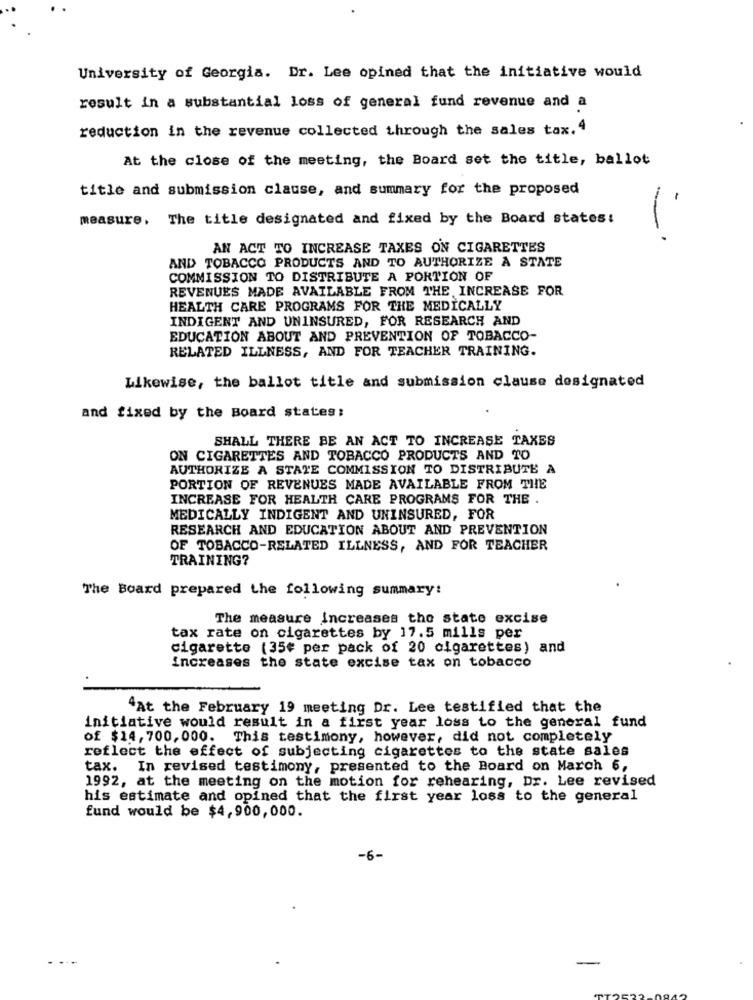
University of Georgia. Dr. Lee opined that the initiative would
result in a substantial loss of general fund revenue and a
reduction in the revenue collected through the sales tax. 4
At the close of the meeting, the Board set the title, ballot
title and submission clause, and summary for the proposed
measure. The title designated and fixed by the Board states:
-
AN ACT TO INCREASE TAXES ON CIGARETTES
AND TOBACCO PRODUCTS AND TO AUTHORIZE A STATE
COMMISSION TO DISTRIBUTE A PORTION OF
REVENUES MADE AVAILABLE FROM THE INCREASE FOR
HEALTH CARE PROGRAMS FOR THE MEDICALLY
INDIGENT AND UNINSURED, FOR RESEARCH AND
EDUCATION ABOUT AND PREVENTION OF TOBACCO-
RELATED ILLNESS, AND FOR TEACHER TRAINING.
Likewise, the ballot title and submission clause designated
and fixed by the Board states:
SHALL THERE BE AN ACT TO INCREASE TAXES
ON CIGARETTES AND TOBACCO PRODUCTS AND TO
AUTHORIZE A STATE COMMISSION TO DISTRIBUTE A
PORTION OF REVENUES MADE AVAILABLE FROM THE
INCREASE FOR HEALTH CARE PROGRAMS FOR THE .
MEDICALLY INDIGENT AND UNINSURED, FOR
RESEARCH AND EDUCATION ABOUT AND PREVENTION
OF TOBACCO-RELATED ILLNESS, AND FOR TEACHER
TRAINING?
The Board prepared the following summary:
The measure increases the state excise
tax rate on cigarettes by 17.5 mills per
cigarette (35€ per pack of 20 cigarettes) and
increases the state excise tax on tobacco
^At the February 19 meeting Dr. Lee testified that the
initiative would result in a first year loss to the general fund
of $14,700, 000. This testimony, however, did not completely
reflect the effect of subjecting cigarettes to the state sales
tax. In revised testimony, presented to the Board on March 6,
1992, at the meeting on the motion for rehearing, Dr. Lee revised
his estimate and opined that the first year loss to the general
fund would be $4,900,000.
-6-
. ..